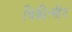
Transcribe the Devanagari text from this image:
चिकीत्सीय